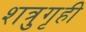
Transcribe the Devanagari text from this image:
शत्रुगृही